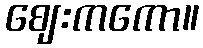
ဈေးကကော။